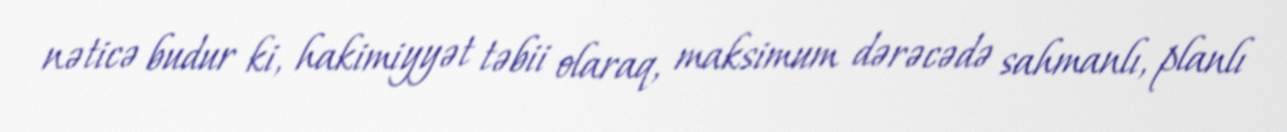
nəticə budur ki, hakimiyyət təbii olaraq, maksimum dərəcədə sahmanlı, planlı